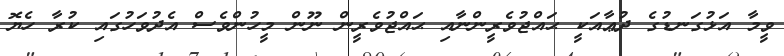
ވީމާ އަޅުގަނޑުގެ ދުޢާއަކީ ޙައްޖުވެރީންނާއި ޙައްޖުވެރީން ނޫން މީހުންވެސް އެދުވަހުގައި ކުރާ ހެޔޮ